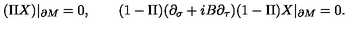
( \Pi X ) | _ { \partial M } = 0 , \qquad ( 1 - \Pi ) ( \partial _ { \sigma } + i B \partial _ { \tau } ) ( 1 - \Pi ) X | _ { \partial M } = 0 .